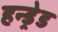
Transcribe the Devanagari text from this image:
हन्ड्रेड